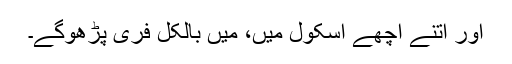
اور اتنے اچھے اسکول میں، میں بالکل فری پڑھوگے۔